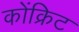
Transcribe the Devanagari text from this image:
कोंक्रिट